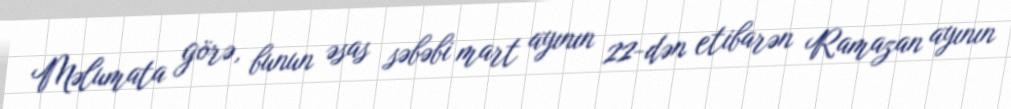
Məlumata görə, bunun əsas səbəbi mart ayının 22-dən etibarən Ramazan ayının